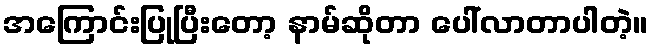
အကြောင်းပြုပြီးတော့ နာမ်ဆိုတာ ပေါ်လာတာပါတဲ့။